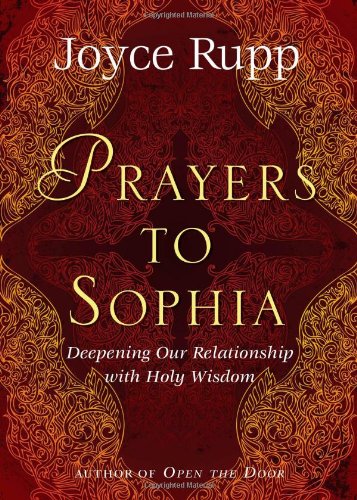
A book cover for Prayers to Sophia: A Companion to "The Star in My Heart"; Joyce Rupp; Religion & Spirituality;